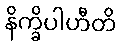
နိက္ခိပါဟီတိ